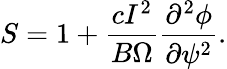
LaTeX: S=1+\frac{cI^{2}}{B\Omega}\frac{\partial^{2}\phi}{\partial\psi^{2}}.